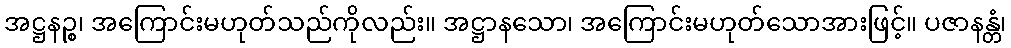
အဋ္ဌနဉ္စ၊ အကြောင်းမဟုတ်သည်ကိုလည်း။ အဋ္ဌာနသော၊ အကြောင်းမဟုတ်သောအားဖြင့်။ ပဇာနန္တံ၊